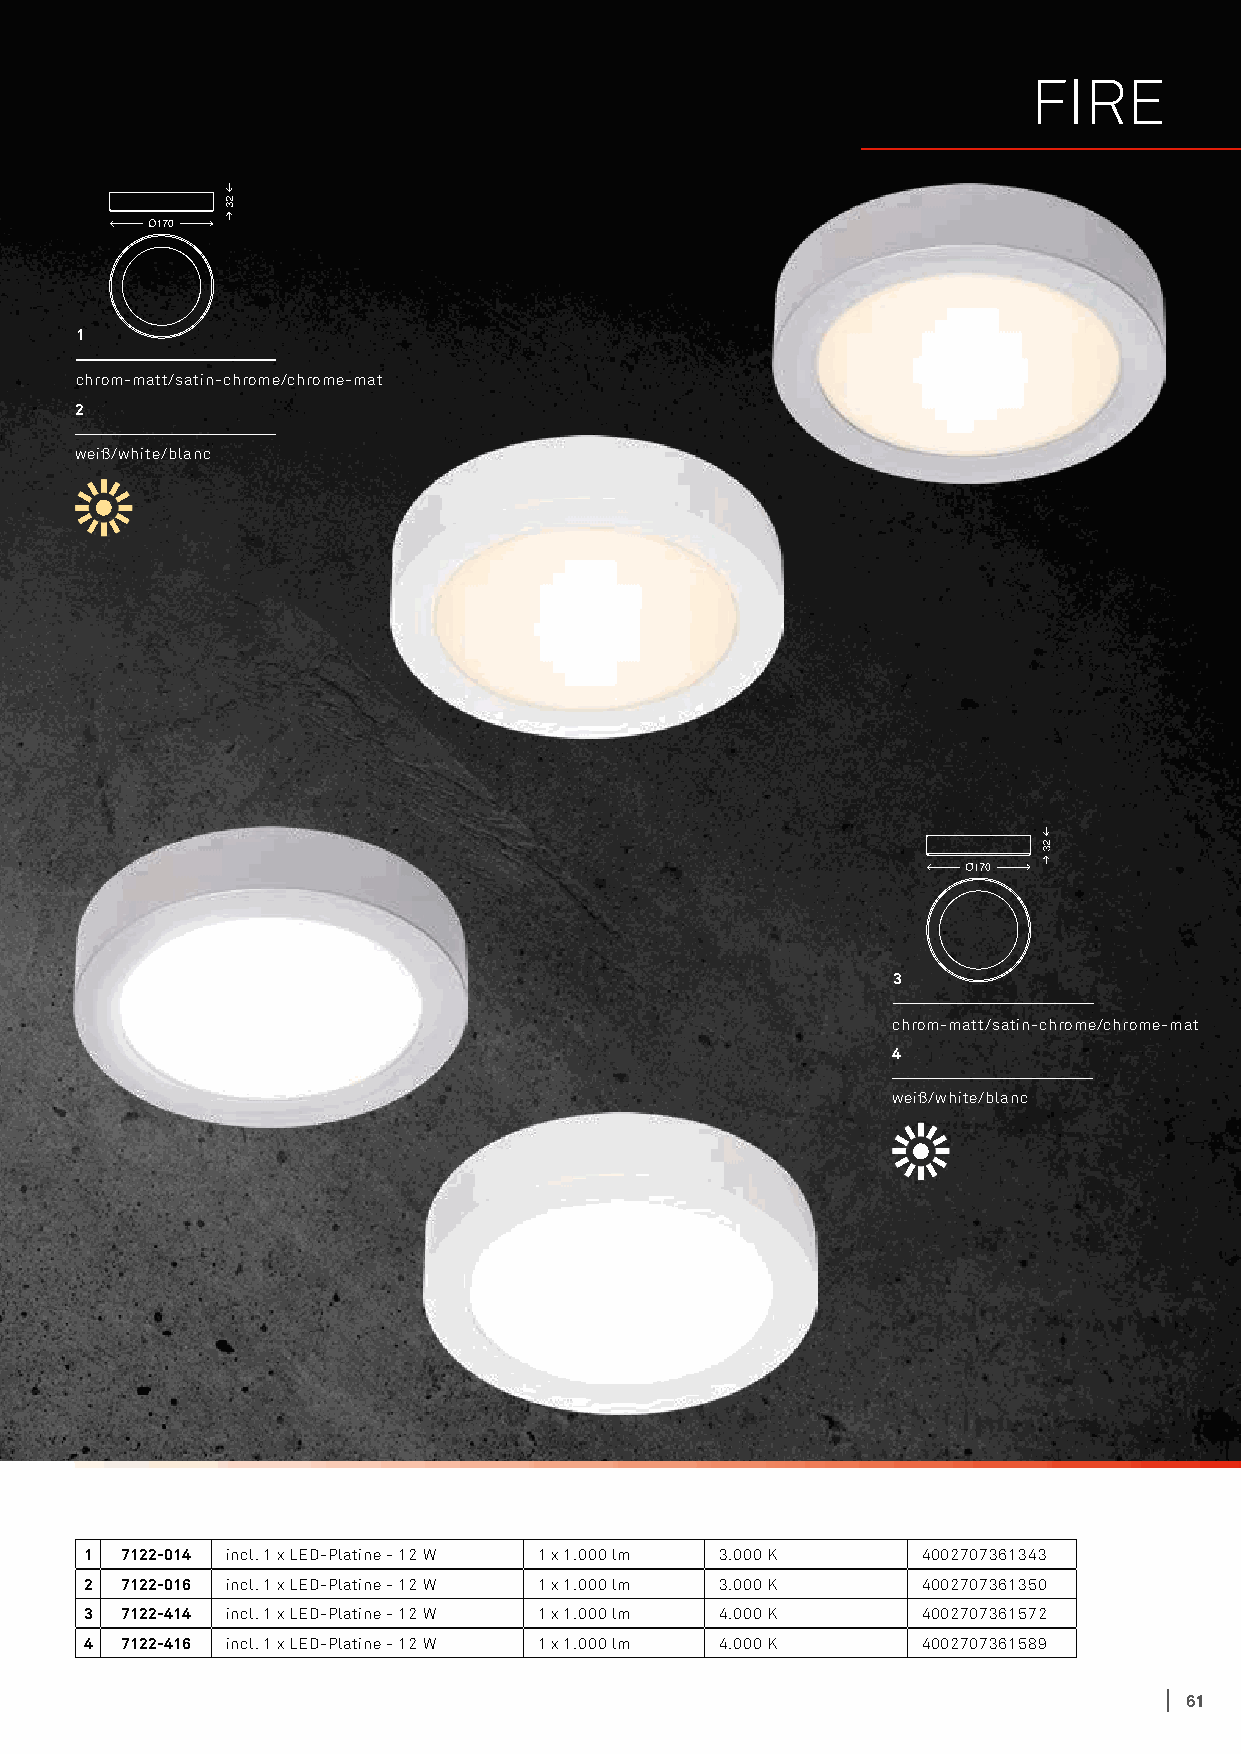
FIRE
 1
 chrom-matt/satin-chrome/chrome-mat
 2
 weiß/white/blanc
 3
 chrom-matt/satin-chrome/chrome-mat
 4
 weiß/white/blanc
 1 7122-014 incl. 1 x LED-Platine - 12 W 1 x 1.000 lm 3.000 K 4002707361343
 2 7122-016 incl. 1 x LED-Platine - 12 W 1 x 1.000 lm 3.000 K 4002707361350
 3 7122-414 incl. 1 x LED-Platine - 12 W 1 x 1.000 lm 4.000 K 4002707361572
 4 7122-416 incl. 1 x LED-Platine - 12 W 1 x 1.000 lm 4.000 K 4002707361589
 61